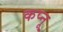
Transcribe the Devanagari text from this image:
कप्नू